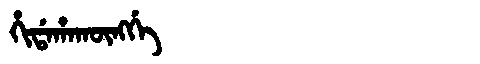
Manchu: ᡥᡳᡩᠠᡥᠠᡴᡡᠩᡤᡝ
Romanization: HIDAHAKŪNGGE